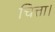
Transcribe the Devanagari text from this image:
चित्ता।